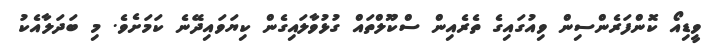
ވީޑިއޯ ކޮންފަރެންސިން ވިއުގައިގެ ތެރެއިން ސްކޫލްތައް ގުޅުވާލައިގެން ކިޔަވައިދޭނެ ކަމަށެވެ. މި ބަދަލާއެކު